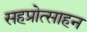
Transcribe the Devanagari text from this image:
सहप्रोत्साहन